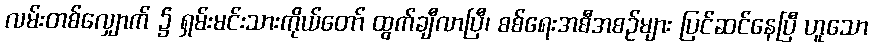
လမ်းတစ်လျှောက် ၌ ရှမ်းမင်းသားကိုယ်တော် ထွက်ချီလာပြီ၊ စစ်ရေးအစီအစဉ်များ ပြင်ဆင်နေပြီ ဟူသော